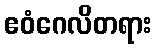
ဧဝံဂေလိတရား